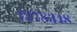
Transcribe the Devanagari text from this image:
१२७८३४८